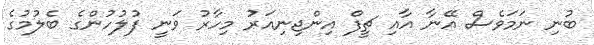
ބުނި ނަމަވެސް އޭނާ އާއި ޗީފް އިންޖިނިއަރު މިހާރު ވަނީ ފުލުހުންގެ ބެލުމުގެ